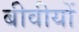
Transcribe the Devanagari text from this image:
बीवीयों